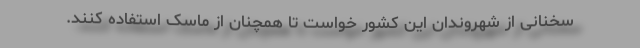
سخنانی از شهروندان این کشور خواست تا همچنان از ماسک استفاده کنند.